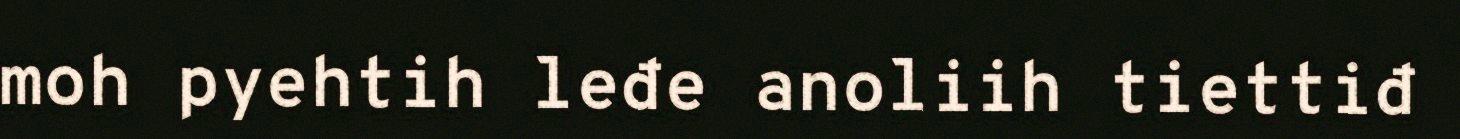
moh pyehtih leđe anoliih tiettiđ